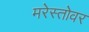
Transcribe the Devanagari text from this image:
मरेस्तोवर